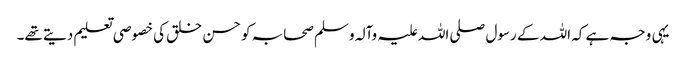
یہی وجہ ہے کہ اللہ کے رسول صلی اللہ علیہ وآلہ وسلم صحابہ کو حسن خلق کی خصوصی تعلیم دیتے تھے۔